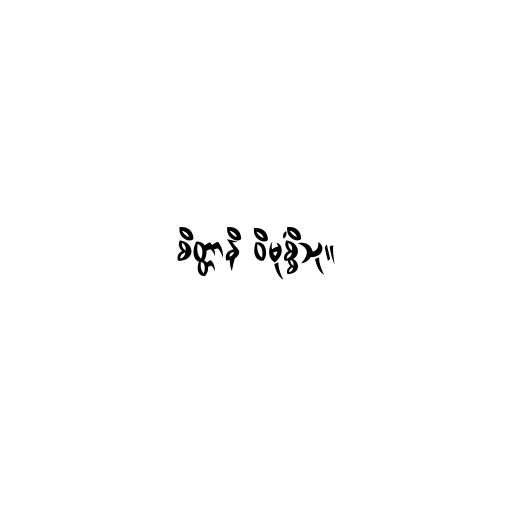
စိတ္တာနိ ဝိမုစ္စိံသု။